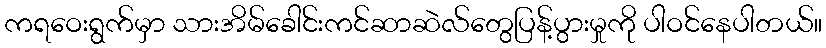
ကရဝေးရွက်မှာ သားအိမ်ခေါင်းကင်ဆာဆဲလ်တွေပြန့်ပွားမှုကို ပါဝင်နေပါတယ်။